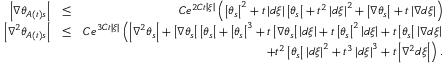
\begin{array} { r l r } { \left\vert \nabla \theta _ { A \left( t \right) s } \right\vert } & { \leq } & { C e ^ { 2 C t \left\vert \xi \right\vert } \left( \left\vert \theta _ { s } \right\vert ^ { 2 } + t \left\vert d \xi \right\vert \left\vert \theta _ { s } \right\vert + t ^ { 2 } \left\vert d \xi \right\vert ^ { 2 } + \left\vert \nabla \theta _ { s } \right\vert + t \left\vert \nabla d \xi \right\vert \right) } \\ { \left\vert \nabla ^ { 2 } \theta _ { A \left( t \right) s } \right\vert } & { \leq } & { C e ^ { 3 C t \left\vert \xi \right\vert } \left( \left\vert \nabla ^ { 2 } \theta _ { s } \right\vert + \left\vert \nabla \theta _ { s } \right\vert \left\vert \theta _ { s } \right\vert + \left\vert \theta _ { s } \right\vert ^ { 3 } + t \left\vert \nabla \theta _ { s } \right\vert \left\vert d \xi \right\vert + t \left\vert \theta _ { s } \right\vert ^ { 2 } \left\vert d \xi \right\vert + t \left\vert \theta _ { s } \right\vert \left\vert \nabla d \xi \right\vert \right. } \\ & { } & { \left. + t ^ { 2 } \left\vert \theta _ { s } \right\vert \left\vert d \xi \right\vert ^ { 2 } + t ^ { 3 } \left\vert d \xi \right\vert ^ { 3 } + t \left\vert \nabla ^ { 2 } d \xi \right\vert \right) . } \end{array}